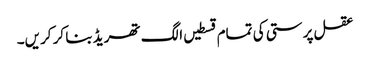
عقل پرستی کی تمام قسطیں الگ تھریڈ بنا کر کریں۔